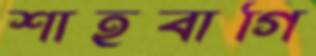
শাহবাগি